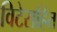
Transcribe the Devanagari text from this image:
विटेसहित